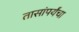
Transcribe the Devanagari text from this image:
तासांपर्यंचा